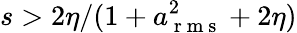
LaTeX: s>2\eta/(1+a_{\mathrm{~r~m~s~}}^{2}+2\eta)